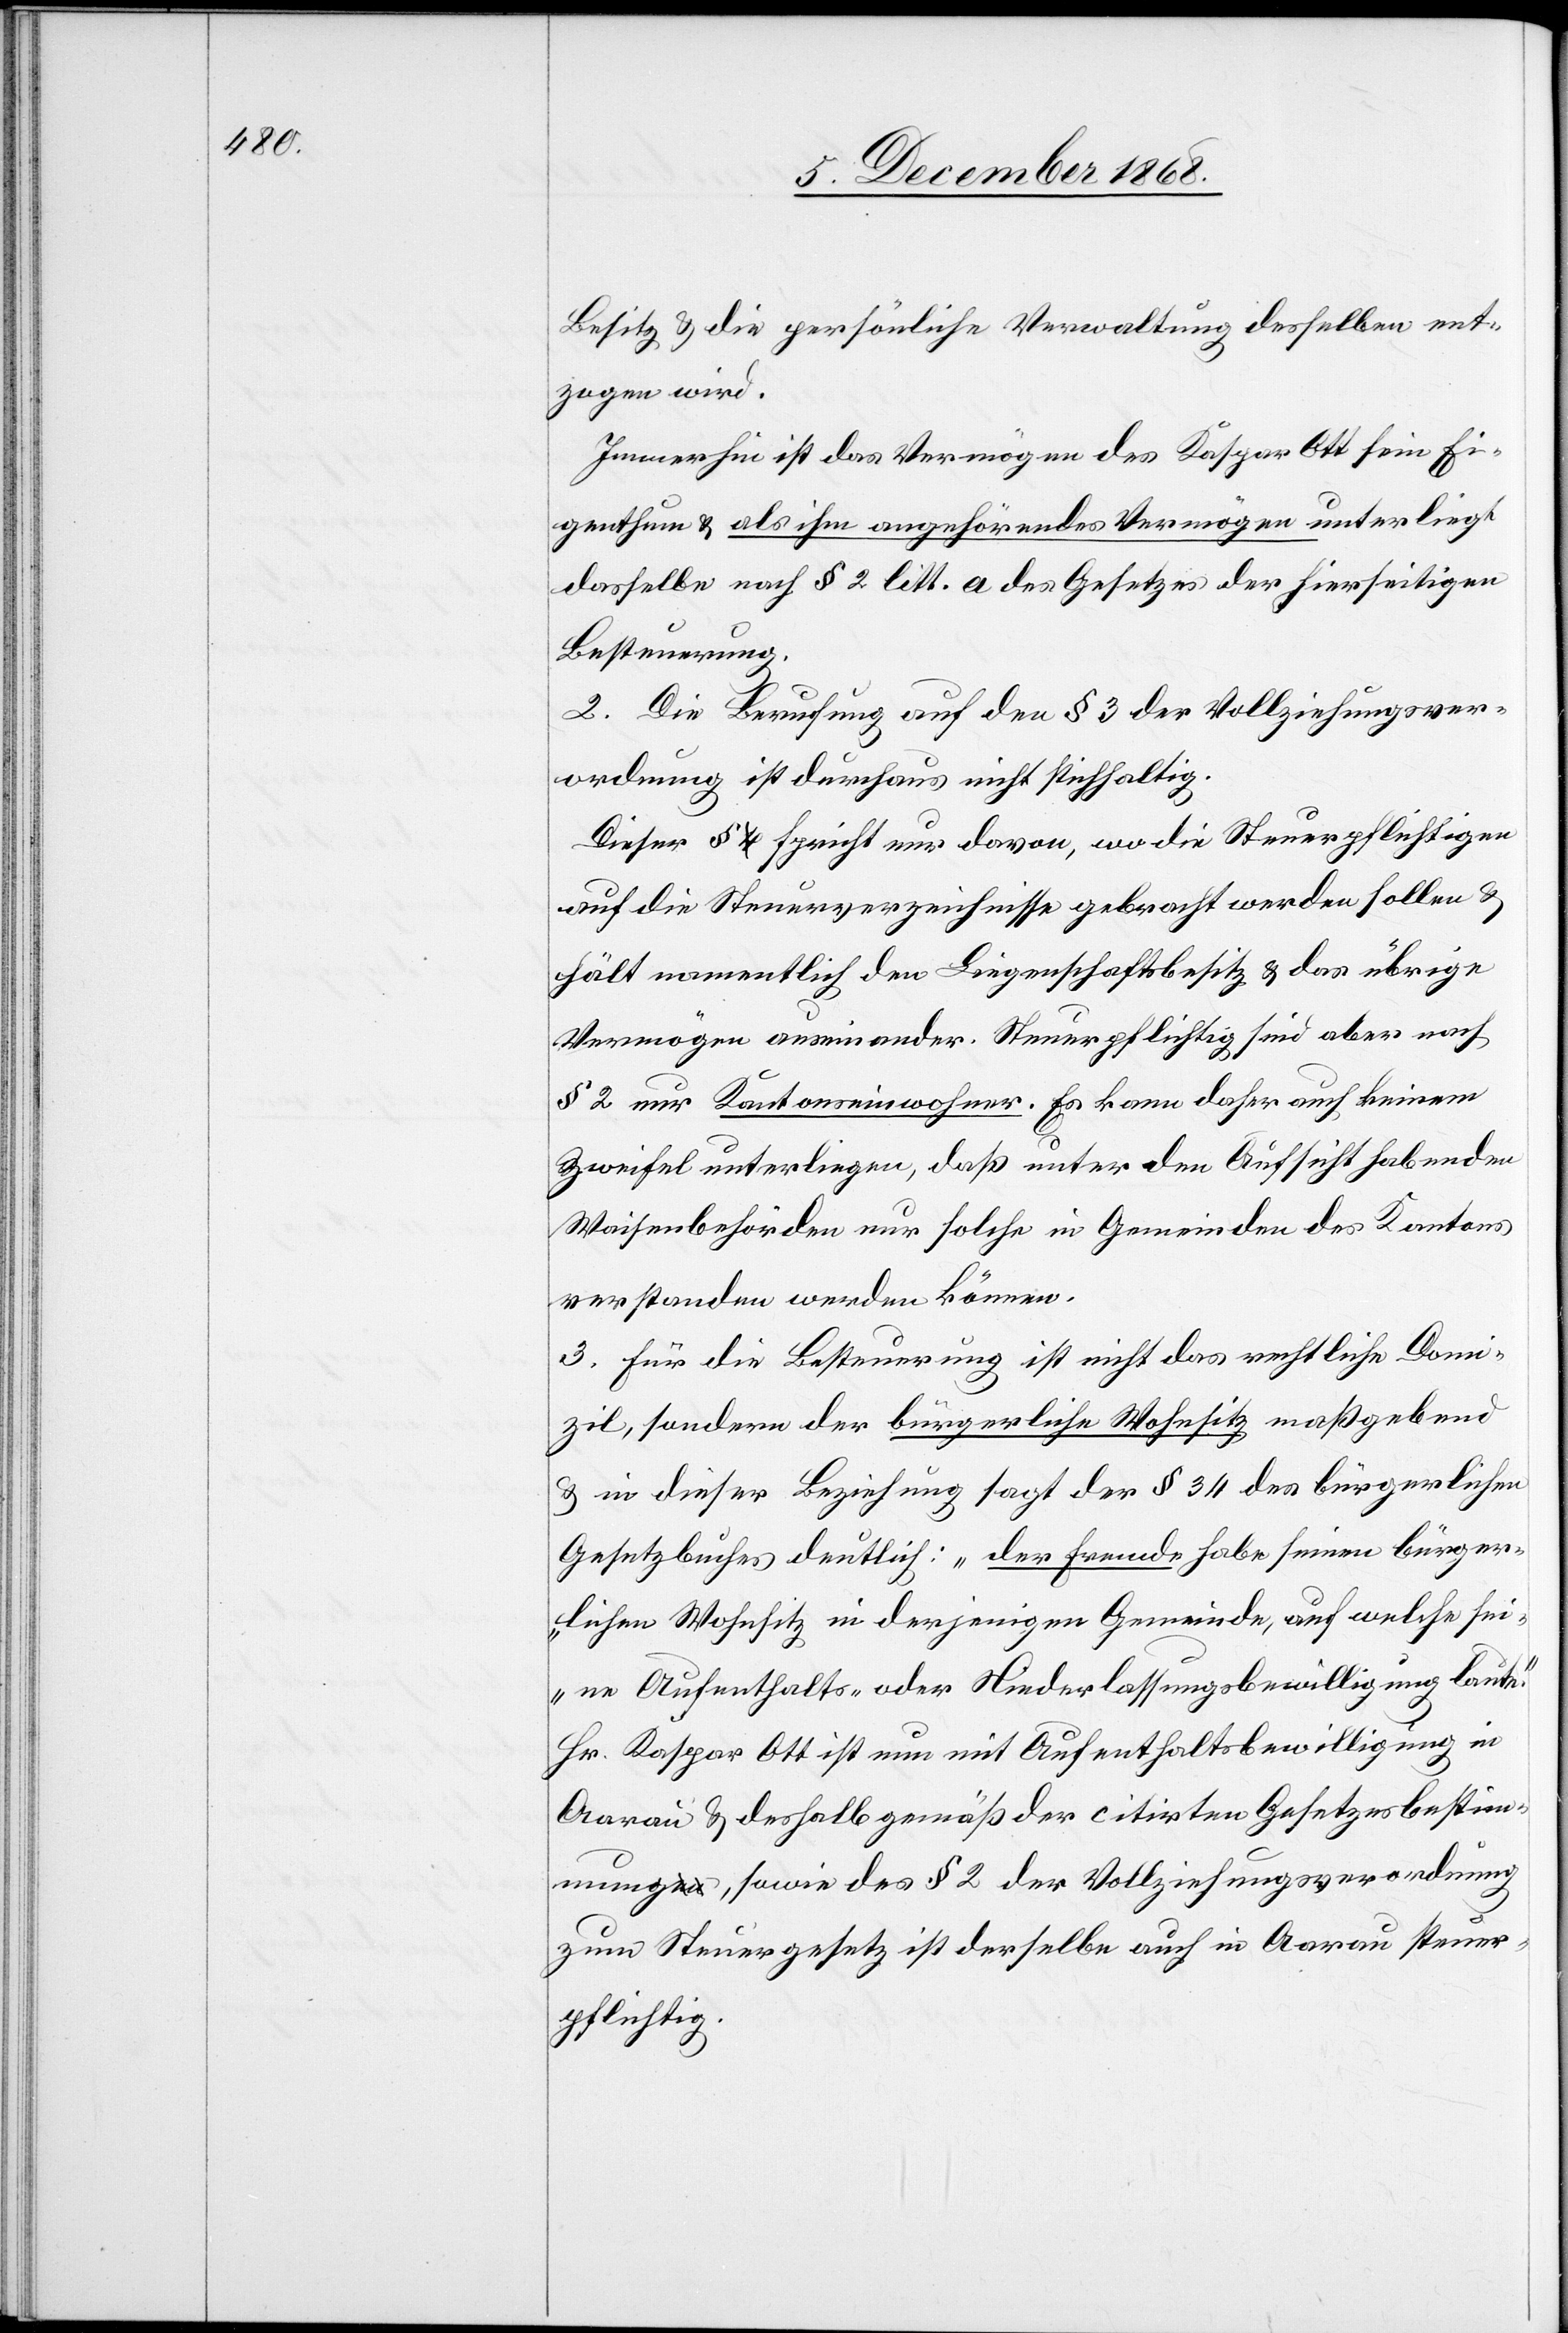
Besitz & die persönliche Verwaltung desselben ent¬
zogen wird.
Immerhin ist das Vermögen des Kaspar Ott sein Ei¬
genthum & als ihm angehörendes Vermögen unterliegt
dasselbe nach § 2 litt. a des Gesetzes der hierseitigen
Besteuerung.
2. Die Berufung auf den § 3 der Vollziehungsver¬
ordnung ist durchaus nicht stichhaltig.
Dieser § spricht nur davon, wo die Steuerpflichtigen
auf die Steuerverzeichnisse gebracht werden sollen &
hält namentlich den Liegenschaftsbesitz & das übrige
Vermögen auseinander. Steuerpflichtig sind aber nach
§ 2 nur Kantonseinwohner. Es kann daher auch keinem
Zweifel unterliegen, daß unter den Aufsicht habenden
Waisenbehörden nur solche in Gemeinden des Kantons
verstanden werden können.
3. Für die Besteuerung ist nicht das rechtliche Domi¬
zil, sondern der bürgerliche Wohnsitz maßgebend
& in dieser Beziehung sagt der § 34 des bürgerlichen
Gesetzbuches deutlich: „Der Fremde habe seinen bürger¬
lichen Wohnsitz in derjenigen Gemeinde, auf welche sei¬
ne Aufenthalts- oder Niederlassungsbewilligung laute.“
Hr. Kaspar Ott ist nun mit Aufenthaltsbewilligung in
Aarau & deshalb gemäß der citirten Gesetzesbestim¬
mung, sowie des § 2 der Vollziehungsverordnung
zum Steuergesetz ist derselbe auch in Aarau steuer¬
pflichtig.